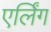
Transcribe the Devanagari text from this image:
एर्लिंग